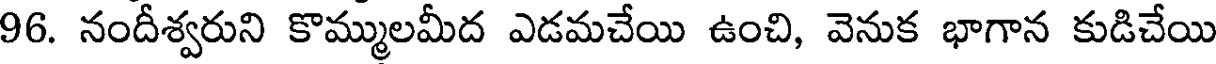
96. నందీశ్వరుని కొమ్ములమీద ఎడమచేయి ఉంచి, వెనుక భాగాన కుడిచేయి